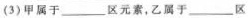
(3)甲属于___区元素，乙属于___区